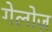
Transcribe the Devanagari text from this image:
गेलोज़